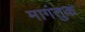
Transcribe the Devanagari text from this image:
मागंतुक